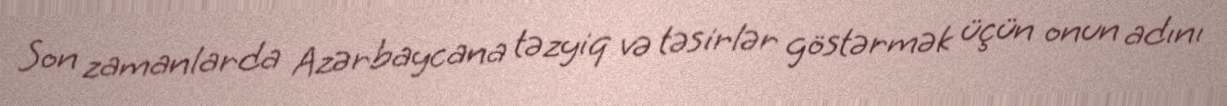
Son zamanlarda Azərbaycana təzyiq və təsirlər göstərmək üçün onun adını